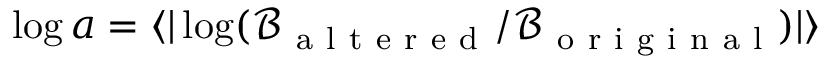
\log a = \langle | \log ( \mathcal B _ { \mathrm { ~ a ~ l ~ t ~ e ~ r ~ e ~ d ~ } } / \mathcal B _ { \mathrm { ~ o ~ r ~ i ~ g ~ i ~ n ~ a ~ l ~ } } ) | \rangle